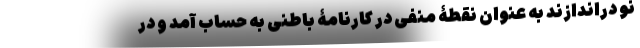
نو دراندازند به عنوان نقطۀ منفی در کارنامۀ باطنی به حساب آمد و در